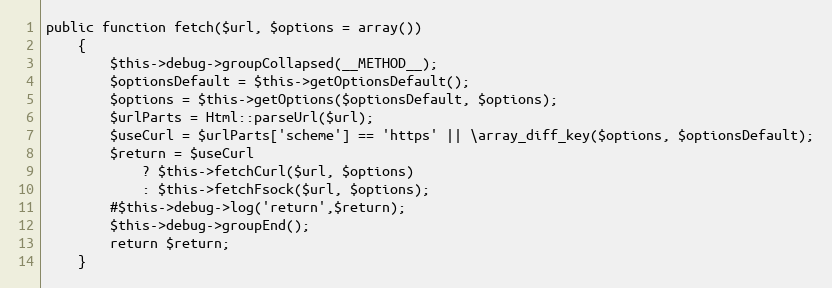
Language: PHP
public function fetch($url, $options = array())
    {
        $this->debug->groupCollapsed(__METHOD__);
        $optionsDefault = $this->getOptionsDefault();
        $options = $this->getOptions($optionsDefault, $options);
        $urlParts = Html::parseUrl($url);
        $useCurl = $urlParts['scheme'] == 'https' || \array_diff_key($options, $optionsDefault);
        $return = $useCurl
            ? $this->fetchCurl($url, $options)
            : $this->fetchFsock($url, $options);
        #$this->debug->log('return',$return);
        $this->debug->groupEnd();
        return $return;
    }